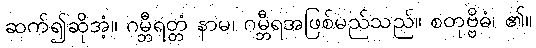
ဆက်၍ဆိုအံ့။ ဂမ္ဘီရတ္တံ နာမ၊ ဂမ္ဘီရအဖြစ်မည်သည်။ စတုဗ္ဗိဓံ၊ ၏။